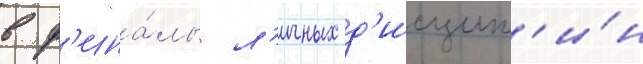
в ф'ина́лы л'ичных д'исципл'и́н